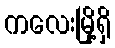
ကလေးမြို့ရှိ